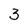
Character: 3